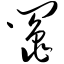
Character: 阄